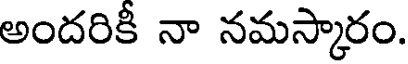
అందరికీ నా నమస్కారం.